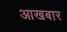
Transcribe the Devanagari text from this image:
आखबार